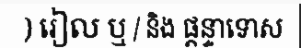
) រៀល ឬ / និង ផ្តន្ទាទោស